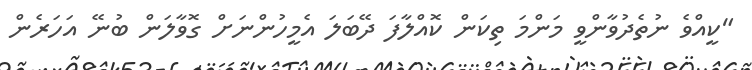
"ކީއްވެ ނުތެދުވާންވީ މަންމަ ތިކަން ކޮއްލާފަ ދޭބަލަ އެމީހުންނަށް ގޮވާލަން ބުނޭ އަހަރެން